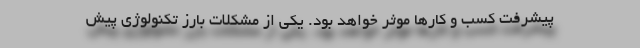
پیشرفت کسب و کارها موثر خواهد بود. یکی از مشکلات بارز تکنولوژی پیش